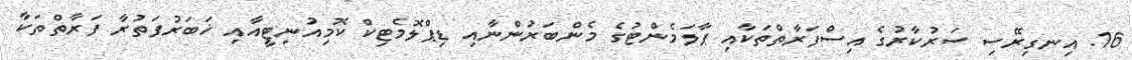
16. އިނގިރޭސި ސަރުކާރުގެ އިސްފަރާތްތަކާއި ޕާލަމެންޓުގެ މެންބަރުންނާއި ޑިޕްލޮމެޓިކް ކޮމިއުނިޓީއާއި ޚަބަރުފަތުރާ ފަރާތްތަކާ